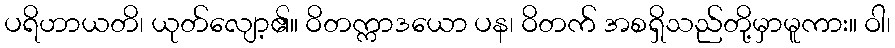
ပရိဟာယတိ၊ ယုတ်လျော့၏။ ဝိတက္ကာဒယော ပန၊ ဝိတက် အစရှိသည်တို့မှာမူကား။ ဝါ၊